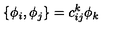
\{ \phi _ { i } , \phi _ { j } \} = c _ { i j } ^ { k } \phi _ { k }